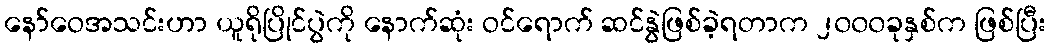
နော်ဝေအသင်းဟာ ယူရိုပြိုင်ပွဲကို နောက်ဆုံး ဝင်ရောက် ဆင်နွဲဖြစ်ခဲ့ရတာက ၂၀၀၀ခုနှစ်က ဖြစ်ပြီး